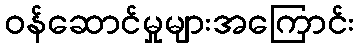
ဝန်ဆောင်မှုများအကြောင်း